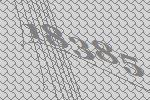
18385